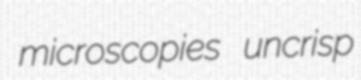
microscopies uncrisp